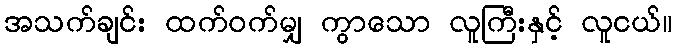
အသက်ချင်း ထက်ဝက်မျှ ကွာသော လူကြီးနှင့် လူငယ်။